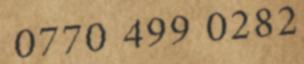
0770 499 0282